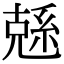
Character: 𠒭